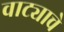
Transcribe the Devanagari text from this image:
वाट्याचे